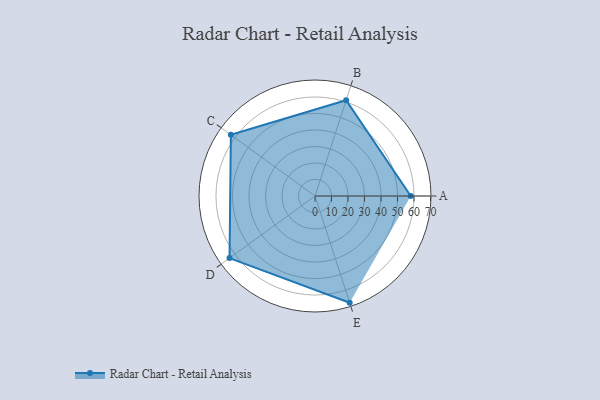
{"axis": {"x": "Skill", "y": "Score"}, "legend": ["Profile"], "data": [{"x": "A", "y": 58.0, "type": "Profile"}, {"x": "B", "y": 61.0, "type": "Profile"}, {"x": "C", "y": 63.0, "type": "Profile"}, {"x": "D", "y": 64.0, "type": "Profile"}, {"x": "E", "y": 68.0, "type": "Profile"}]}